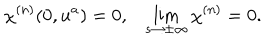
LaTeX: \chi ^ { ( n ) } ( 0 , u ^ { a } ) = 0 , \lim _ { s \rightarrow \pm \infty } \chi ^ { ( n ) } = 0 .